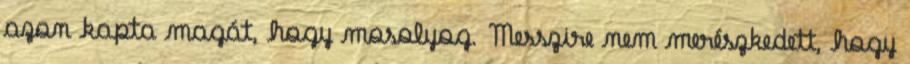
azon kapta magát, hogy mosolyog. Messzire nem merészkedett, hogy